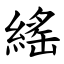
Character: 䌊